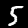
Digit: 5